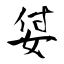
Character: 姇